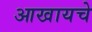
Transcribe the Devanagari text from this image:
आखायचे